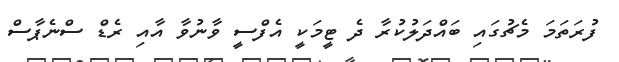
ފުރަތަމަ މެޗުގައި ބައްދަލުކުރާ ދެ ޓީމަކީ އެފްސީ ވާނުވާ އާއި ރެޑް ސްނެޕާސް